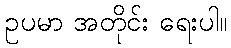
ဥပမာ အတိုင်း ရေးပါ။